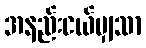
အနည်းငယ်မျှသာ